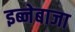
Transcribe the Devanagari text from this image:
इब्नेबाजा